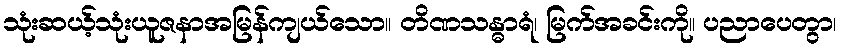
သုံးဆယ့်သုံးယူဇနာအမြန်ကျယ်သော။ တိဏသန္ဓာရံ၊ မြက်အခင်းကို။ ပညာပေတွာ၊